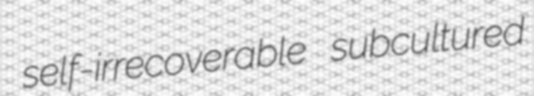
self-irrecoverable subcultured